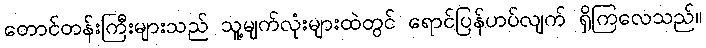
တောင်တန်းကြီးများသည် သူ့မျက်လုံးများထဲတွင် ရောင်ပြန်ဟပ်လျက် ရှိကြလေသည်။